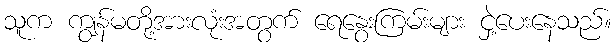
သူက ကျွန်မတို့အားလုံးအတွက် ရေနွေးကြမ်းများ ငှဲ့ပေးနေသည်။